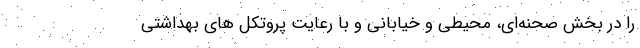
را در بخش صحنه‌ای، محیطی و خیابانی و با رعایت پروتکل های بهداشتی